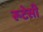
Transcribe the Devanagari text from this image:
रूटेसी